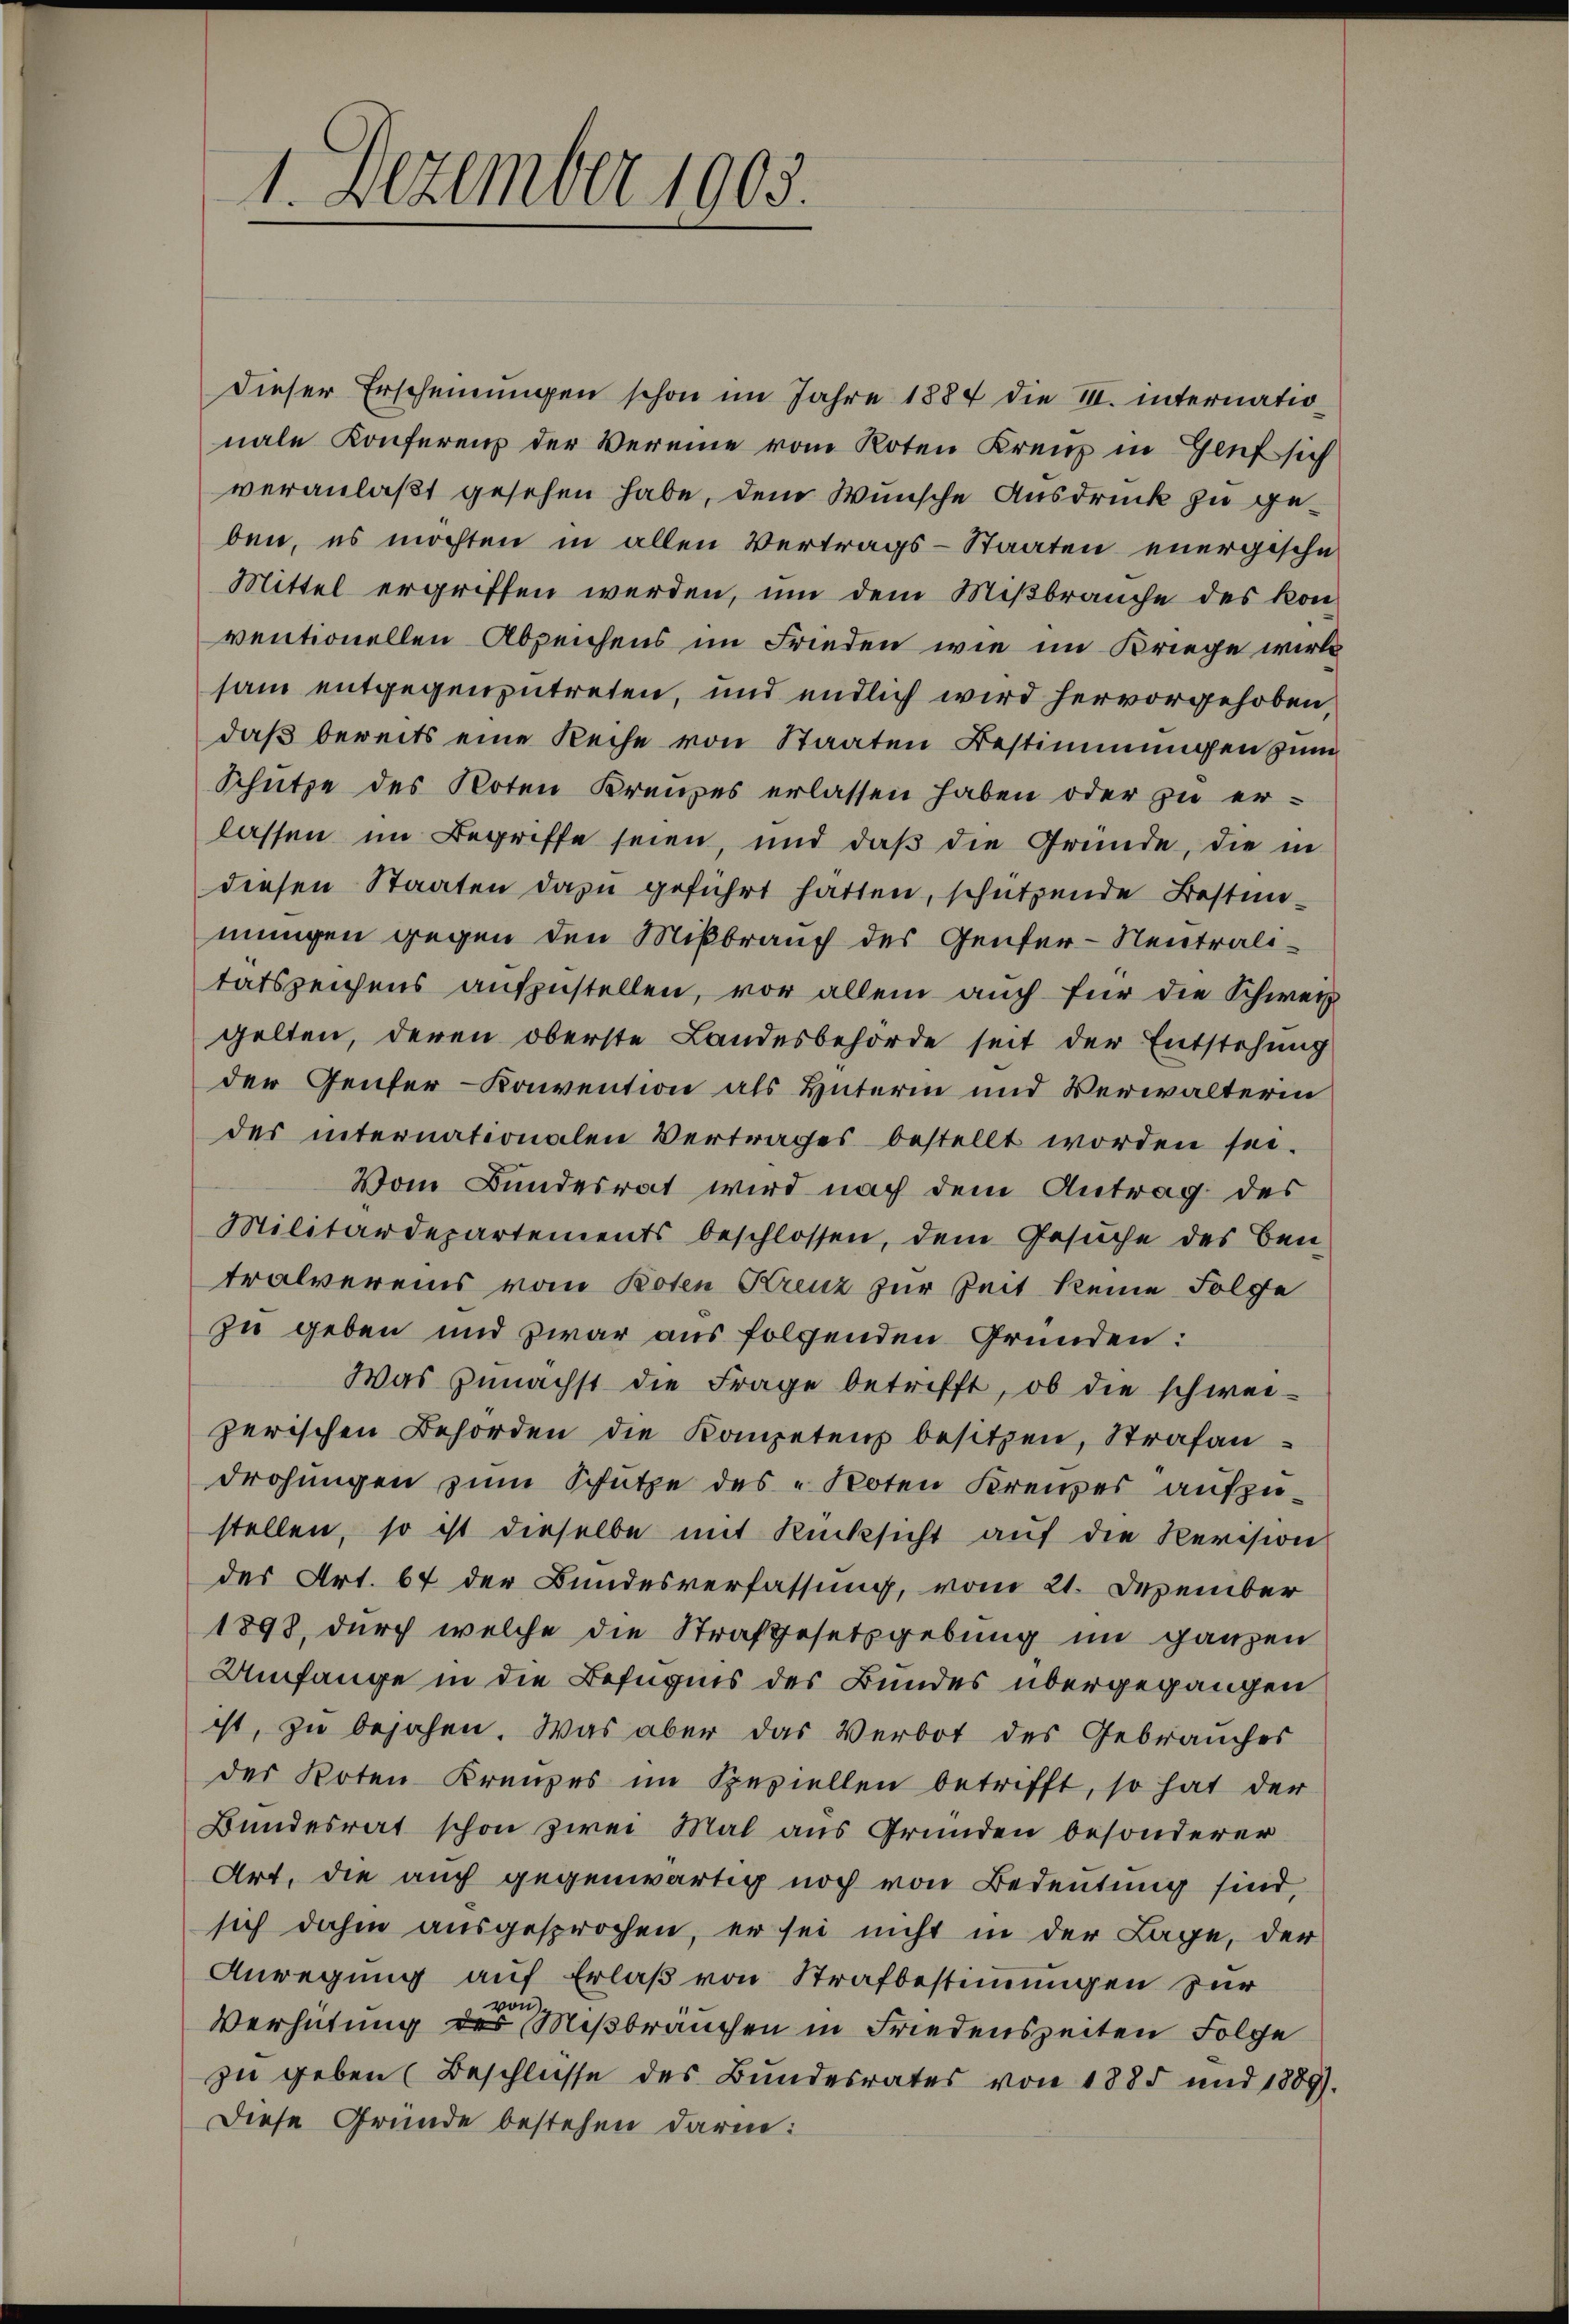
1. Dezember 1903.

Dieser Erscheinungen schon im Jahre 1884 die III. internationale Konferenz der Vereine vom Roten Kreuz in Genf sich
veranlaßt gesehen habe, dem Wunsche Ausdruck zu geben, es möchten in allen Vertrags-Staaten energische
Mittel ergriffen werden, um dem Mißbrauche des konventionellen Abzeichens im Frieden wie im Kriege wirk
sam entgegenzutreten, und endlich wird hervorgehoben,
daß bereits eine Reihe von Staaten Bestimmungen zum
Schütze des Noten Kreuzes erlassen haben oder zu er-
lassen im Begriffe seien, und daß die Gründe, die in
diesen Staaten dazu geführt hatten, schützende Bestimmungen gegen den Mißbrauch des Genfer-Neutralitätszeichens aufzustellen, vor allein auch für die Schweiz
gelten, deren oberste Landesbehörde seit der Entstehung
der Genfer-Konvention als Hüterin und Verwalterin
des internationalen Vertrages bestellt worden sei.
Vom Bundesrat wird nach dem Antrag des
Militärdepartements beschlossen, dem Gesuche des Bentralvereins vom Roten Kreuz zur Zeit keine Folge
zu geben und zwar aus folgenden Gründen:
Was zunächst die Frage betrifft, ob die schwei-
zerischen Behörden die Kompetenz besitzen, Strafandrohungen zum Schütze des „Noten Kreuzer aufzustellen, so ist dieselbe mit Rücksicht auf die Revision
des Art. 67 der Bundesverfassung, vom 21. Dezember
1898, durch welche die Strafgesetzgebung im ganzen
Umfange in die Befugnis des Bundes übergegangen
ist, zu bejahen. Was aber das Verbot des Gebrauches
der Poten Kreuzes im Speziellen betrifft, so hat der
Bundesrat schon zwei Mal aus Gründen besonderer
Art, die auch gegenwärtig noch von Bedeutung sind,
sich dahin ausgesprochen, er sei nicht in der Lage, der
Anregung auf Erlaß von Strafbestimmungen zur
Verhütung des Mißbrauchen in Friedenszeiten Folge
zu geben (Beschlüsse des Bundesrates von 1885 und 1889).
Diese Gründe bestehen darin: